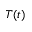
T ( t )